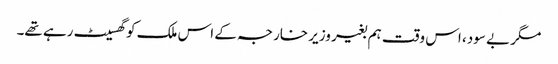
مگر بے سود، اس وقت ہم بغیر وزیر خارجہ کے اس ملک کو گھسیٹ رہے تھے۔